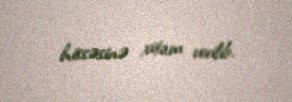
hissəsinə xitam verilib.